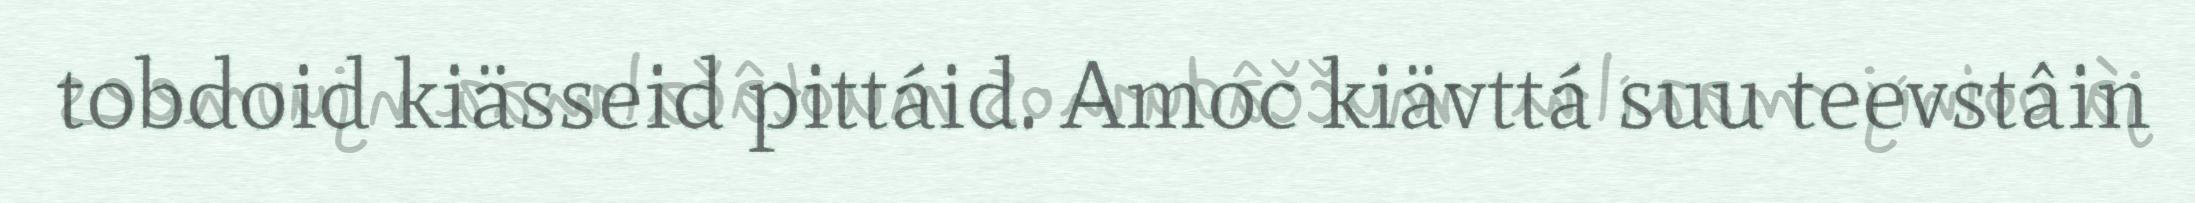
tobdoid kiässeid pittáid. Amoc kiävttá suu teevstâin